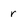
Character: r